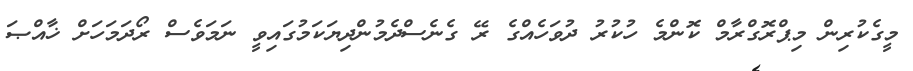
މީގެކުރިން މިޕްރޮގްރާމް ކޮންމެ ހުކުރު ދުވަހެއްގެ ރޭ ގެނެސްދެމުންދިޔަކަމުގައިވީ ނަމަވެސް ރޯދަމަހަށް ޚާއްޞަ